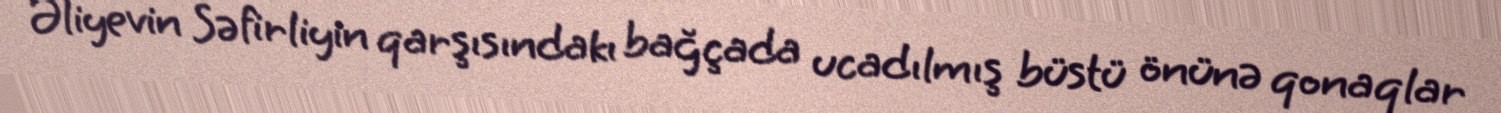
Əliyevin Səfirliyin qarşısındakı bağçada ucadılmış büstü önünə qonaqlar